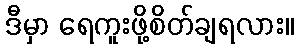
ဒီမှာ ရေကူးဖို့စိတ်ချရလား။